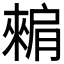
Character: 𬛕